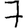
Digit: 7